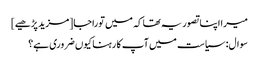
میرا اپنا تصور یہ تھا کہ میں توراجا [مزید پڑھیے]
سوال: سیاست میں آپ کا رہنا کیوں ضروری ہے؟